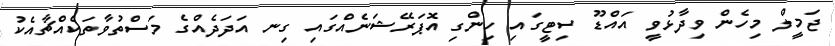
ޖަމީލް މިހެން ވިދާޅުވީ އައްޑޫ ސިޓީގައި ހިންގި އޮޕަރޭޝަނެއްގައި ގިނ އަދަދެއްގެ މަސްތުވާތަކެއްޗާއެކު